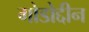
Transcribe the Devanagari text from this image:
गोडोद्दीन